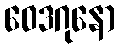
ဝေဒဂုနော